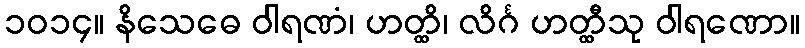
၁၀၁၄။ နိသေဓေ ဝါရဏံ၊ ဟတ္ထိ၊ လိင်္ဂ ဟတ္ထီသု ဝါရဏော။